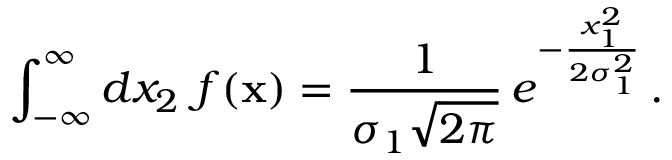
\int _ { - \infty } ^ { \infty } d x _ { 2 } \ f ( { \bf x } ) = { \frac { 1 } { \sigma _ { 1 } \sqrt { 2 \pi } } } \, e ^ { - { \frac { x _ { 1 } ^ { 2 } } { 2 \sigma _ { 1 } ^ { 2 } } } } \, .